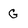
Character: G